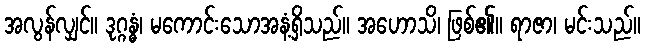
အလွန်လျှင်။ ဒုဂ္ဂန္ဓံ၊ မကောင်းသောအနံ့ရှိသည်။ အဟောသိ၊ ဖြစ်၏။ ရာဇာ၊ မင်းသည်။